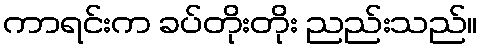
ကာရင်းက ခပ်တိုးတိုး ညည်းသည်။